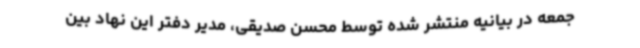
جمعه در بیانیه‌ منتشر شده توسط محسن صدیقی، مدیر دفتر این نهاد بین